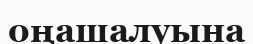
оңашалуына